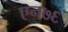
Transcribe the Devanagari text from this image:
एन७६